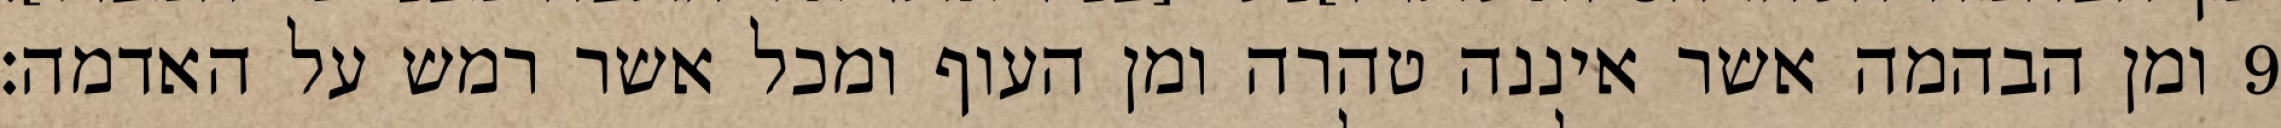
ומן הבהמה אשר איננה טהרה ומן העוף ומכל אשר רמש על האדמה׃ ‎9‏